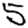
Digit: 5